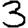
Digit: 3